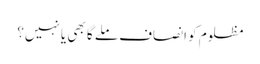
مظلوم کو انصاف ملے گا بھی یا نہیں؟